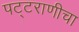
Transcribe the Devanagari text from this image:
पट्टराणीचा